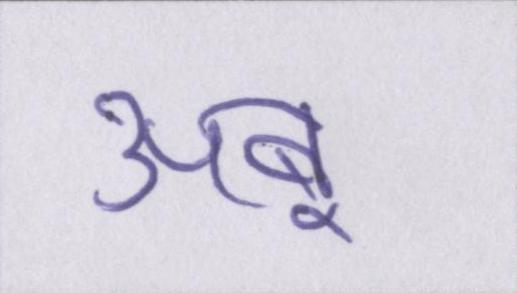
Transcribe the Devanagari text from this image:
अबू